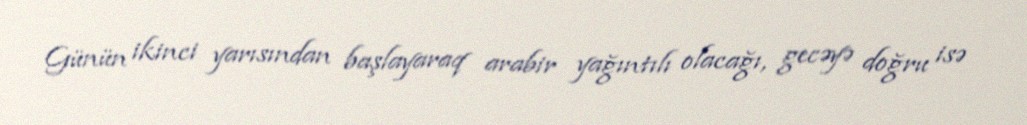
Günün ikinci yarısından başlayaraq arabir yağıntılı olacağı, gecəyə doğru isə